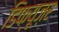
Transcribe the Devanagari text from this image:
डिफ्यूज़र